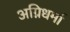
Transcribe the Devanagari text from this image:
अग्निधर्मा